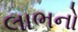
લાભનો